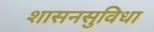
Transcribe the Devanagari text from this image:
शासनसुविधा